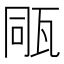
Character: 𤭁